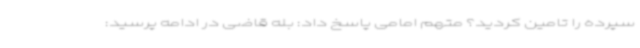
سپرده را تامین کردید؟ متهم امامی پاسخ داد: بله قاضی در ادامه پرسید: